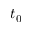
t _ { 0 }